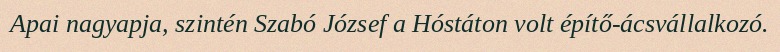
Apai nagyapja, szintén Szabó József a Hóstáton volt építő-ácsvállalkozó.